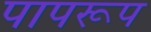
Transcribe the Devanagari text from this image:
पापरूप